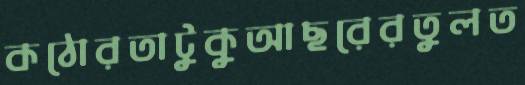
কঠোরতাটুকুআছরেরতুলত